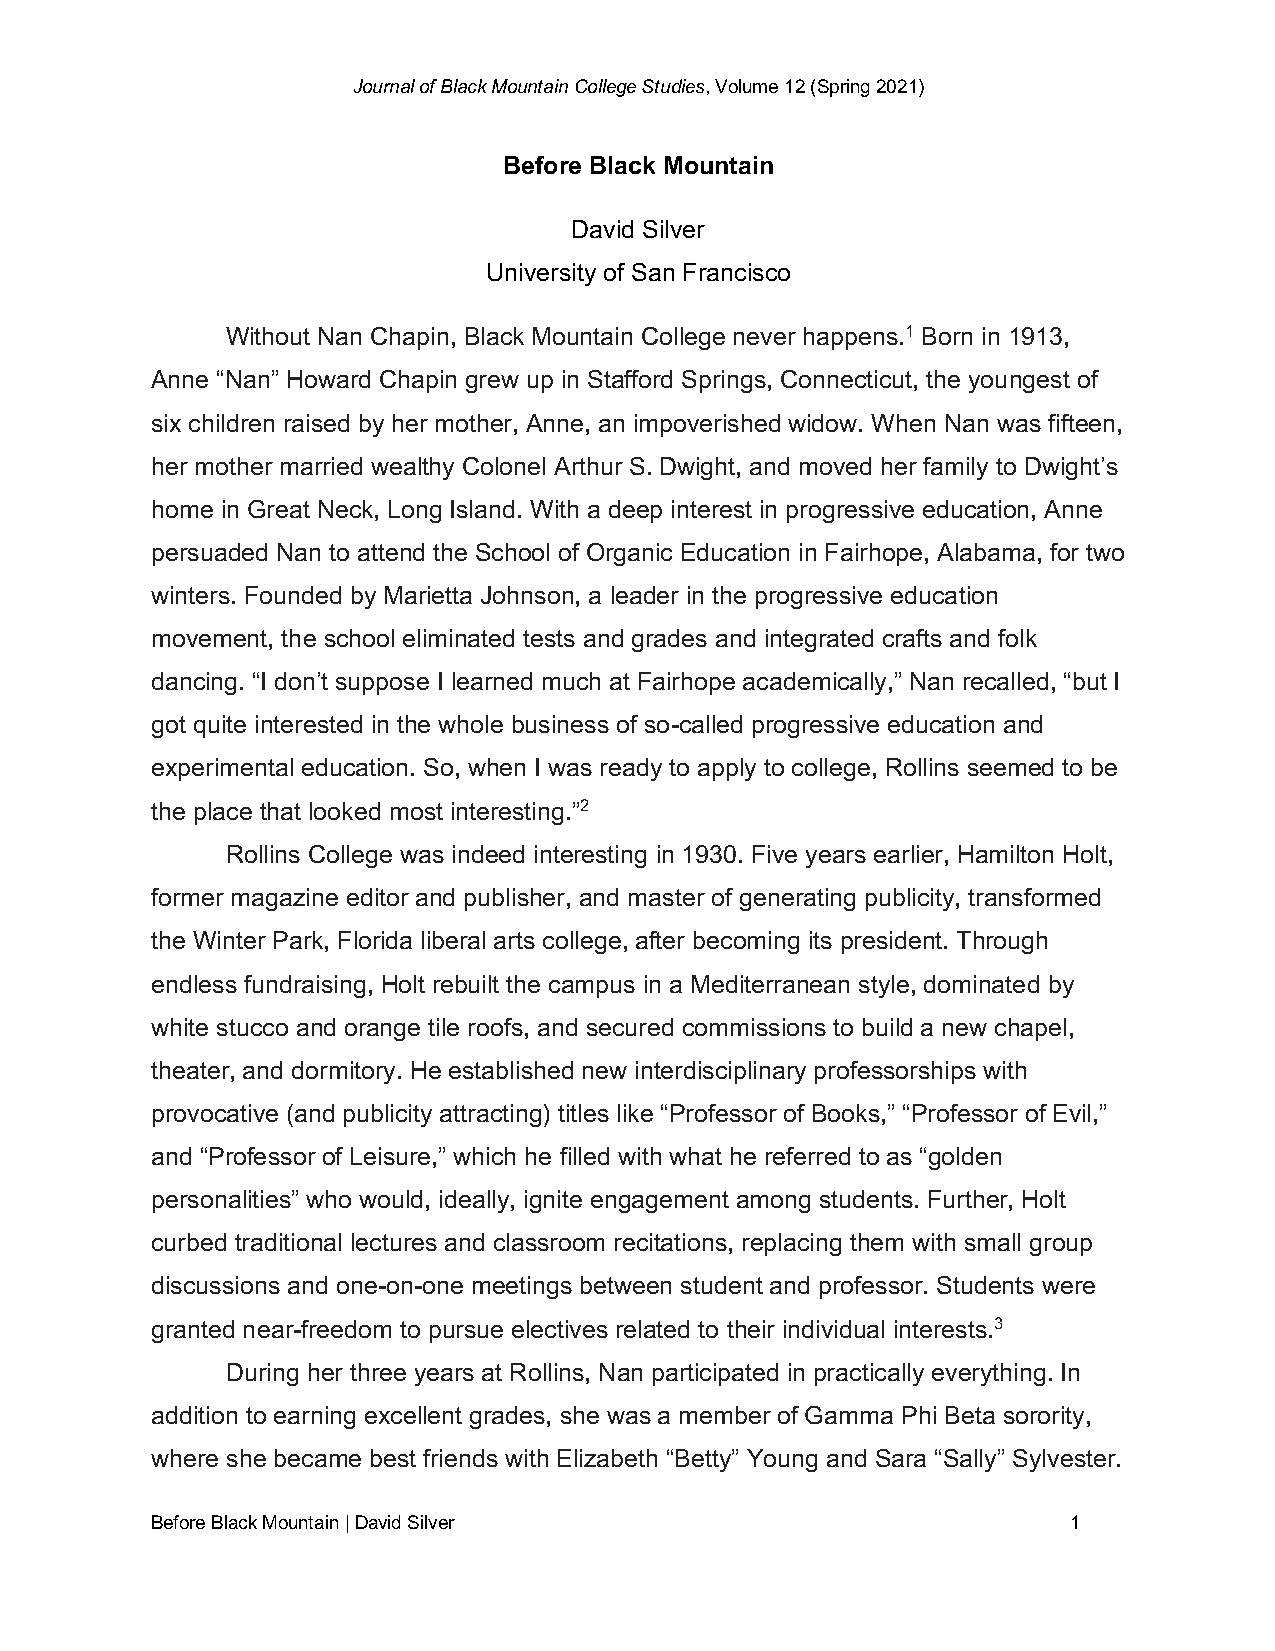
Journal of Black Mountain College Studies, Volume 12 (Spring 2021)
 Before Black Mountain
 David Silver
 University of San Francisco
 Without Nan Chapin, Black Mountain College never happens.1 Born in 1913,
 Anne “Nan” Howard Chapin grew up in Stafford Springs, Connecticut, the youngest of
 six children raised by her mother, Anne, an impoverished widow. When Nan was fifteen,
 her mother married wealthy Colonel Arthur S. Dwight, and moved her family to Dwight’s
 home in Great Neck, Long Island. With a deep interest in progressive education, Anne
 persuaded Nan to attend the School of Organic Education in Fairhope, Alabama, for two
 winters. Founded by Marietta Johnson, a leader in the progressive education
 movement, the school eliminated tests and grades and integrated crafts and folk
 dancing. “I don’t suppose I learned much at Fairhope academically,” Nan recalled, “but I
 got quite interested in the whole business of so-called progressive education and
 experimental education. So, when I was ready to apply to college, Rollins seemed to be
 the place that looked most interesting.”2
 Rollins College was indeed interesting in 1930. Five years earlier, Hamilton Holt,
 former magazine editor and publisher, and master of generating publicity, transformed
 the Winter Park, Florida liberal arts college, after becoming its president. Through
 endless fundraising, Holt rebuilt the campus in a Mediterranean style, dominated by
 white stucco and orange tile roofs, and secured commissions to build a new chapel,
 theater, and dormitory. He established new interdisciplinary professorships with
 provocative (and publicity attracting) titles like “Professor of Books,” “Professor of Evil,”
 and “Professor of Leisure,” which he filled with what he referred to as “golden
 personalities” who would, ideally, ignite engagement among students. Further, Holt
 curbed traditional lectures and classroom recitations, replacing them with small group
 discussions and one-on-one meetings between student and professor. Students were
 granted near-freedom to pursue electives related to their individual interests.3
 During her three years at Rollins, Nan participated in practically everything. In
 addition to earning excellent grades, she was a member of Gamma Phi Beta sorority,
 where she became best friends with Elizabeth “Betty” Young and Sara “Sally” Sylvester.
 Before Black Mountain | David Silver                         1